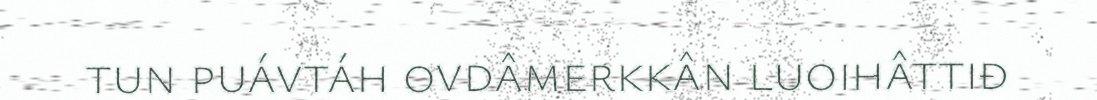
tun puávtáh ovdâmerkkân luoihâttiđ